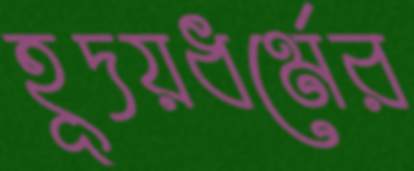
হূদয়ধর্মের